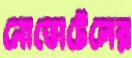
নোভোটেলের